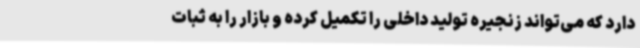
دارد که می‌تواند زنجیره تولید داخلی را تکمیل کرده و بازار را به ثبات